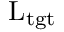
\mathrm { L _ { t g t } }